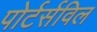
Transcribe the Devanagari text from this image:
पोर्टर्सविल